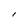
Character: I